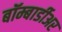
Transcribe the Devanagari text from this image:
बॉम्बार्डीअर